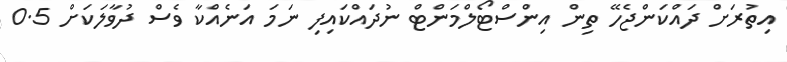
އިތުރަށް ދައްކަންޖެހޭ ތިން އިންސްޓޯލްމަންޓް ނުދައްކައިފި ނަމަ އަނެއްކާ ވެސް ދުވާލަކަށް 0.5